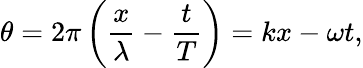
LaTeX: \theta=2\pi\left({\frac{x}{\lambda}}-{\frac{t}{T}}\right)=kx-\omega t,